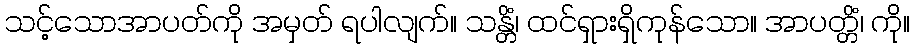
သင့်သောအာပတ်ကို အမှတ် ရပါလျက်။ သန္တိံ၊ ထင်ရှားရှိကုန်သော။ အာပတ္တိံ၊ ကို။